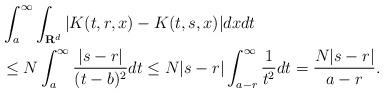
LaTeX: \begin{align*}&\int_{a}^{\infty}\int_{\mathbf{R}^{d}}|K(t,r,x)-K(t,s,x)|dxdt \\& \leq N\int_{a}^{\infty}\frac{|s-r|}{(t-b)^{2}}dt \leq N|s-r|\int_{a-r}^{\infty}\frac{1}{t^{2}}dt =\frac{N|s-r|}{a-r}.\end{align*}